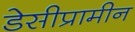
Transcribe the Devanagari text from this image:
डेसीप्रामीन